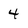
Character: 4